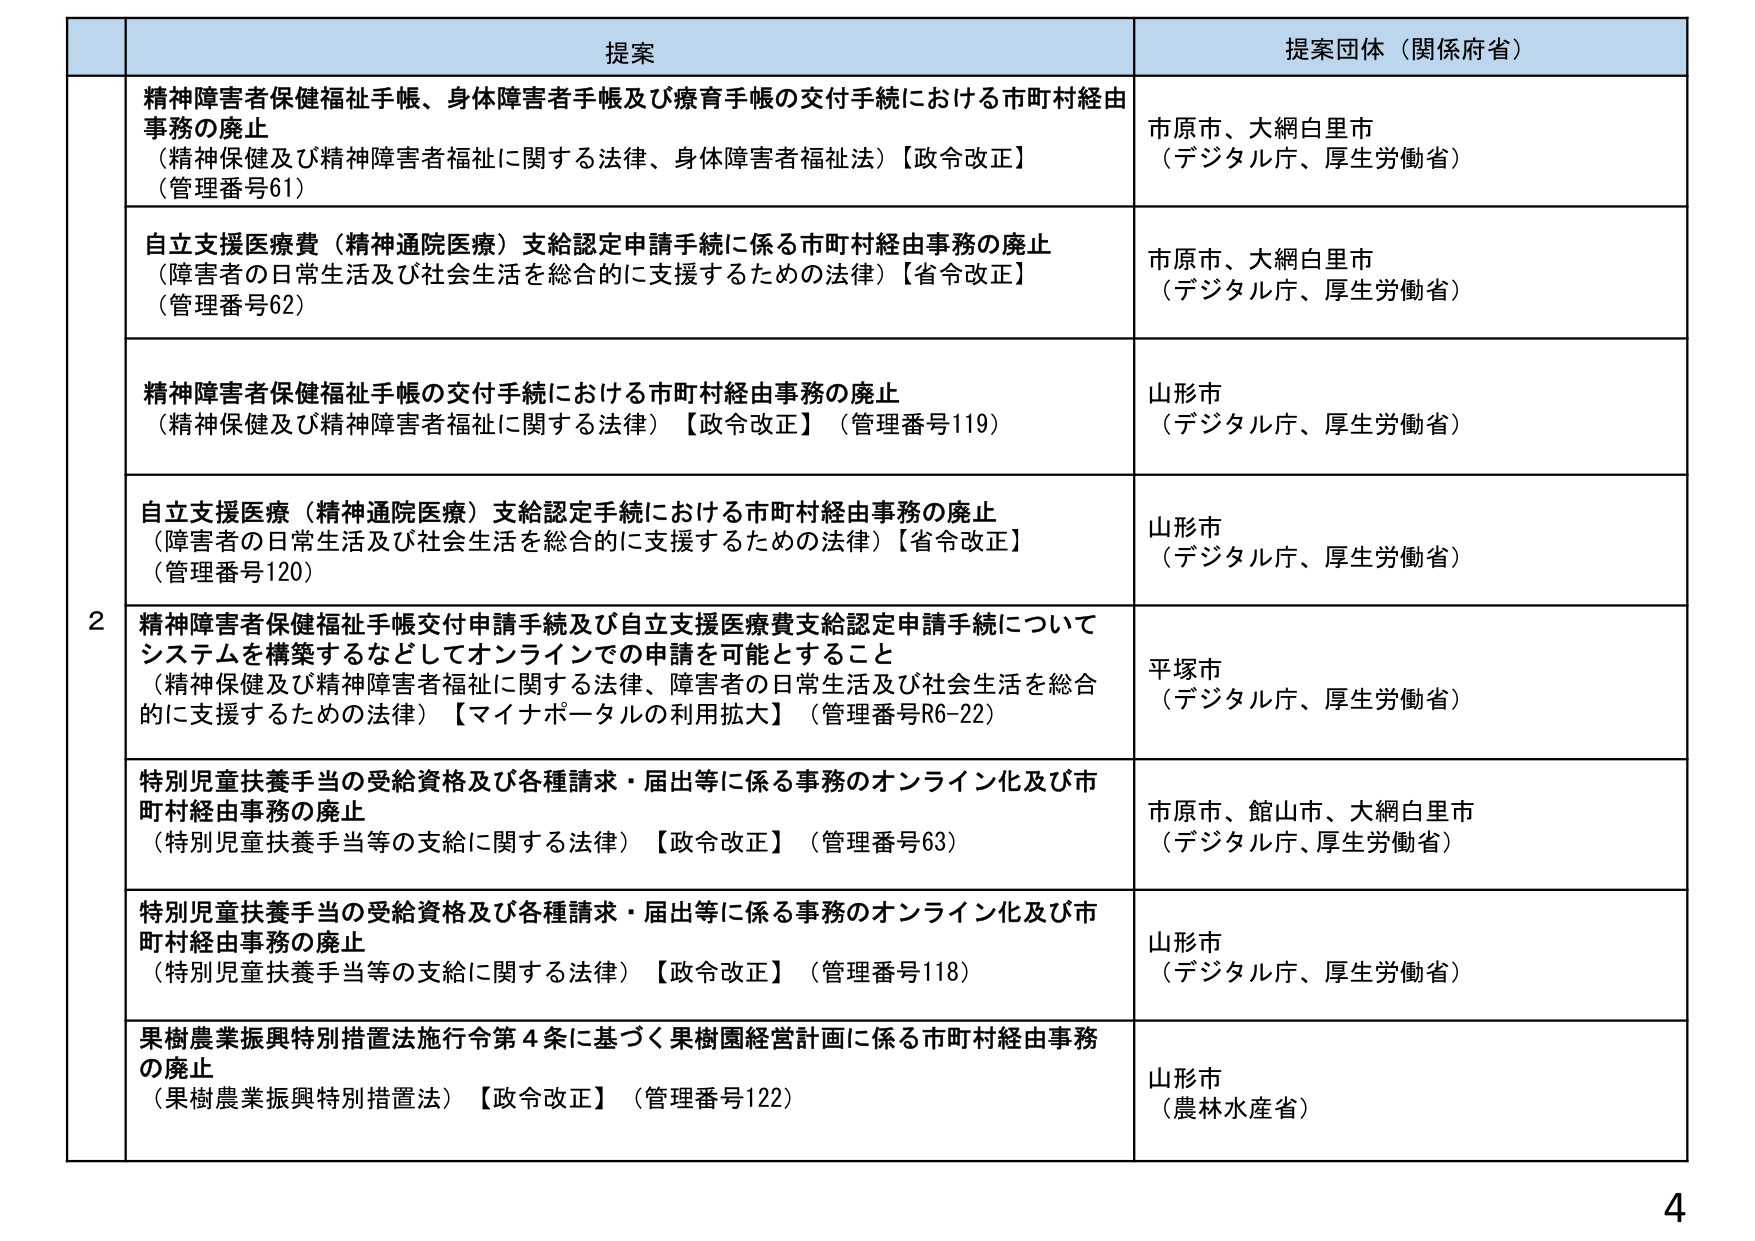
提案
提案団体（関係府省）

2
精神障害者保健福祉手帳、身体障害者手帳及び療育手帳の交付手続における市町村経由事務の廃止
（精神保健及び精神障害者福祉に関する法律、身体障害者福祉法）【政令改正】
（管理番号61）
市原市、大網白里市
（デジタル庁、厚生労働省）

自立支援医療費（精神通院医療）支給認定申請手続に係る市町村経由事務の廃止
（障害者の日常生活及び社会生活を総合的に支援するための法律）【省令改正】
（管理番号62）
市原市、大網白里市
（デジタル庁、厚生労働省）

精神障害者保健福祉手帳の交付手続における市町村経由事務の廃止
（精神保健及び精神障害者福祉に関する法律）【政令改正】（管理番号119）
山形市
（デジタル庁、厚生労働省）

自立支援医療（精神通院医療）支給認定手続における市町村経由事務の廃止
（障害者の日常生活及び社会生活を総合的に支援するための法律）【省令改正】
（管理番号120）
山形市
（デジタル庁、厚生労働省）

精神障害者保健福祉手帳交付申請手続及び自立支援医療費支給認定申請手続についてシステムを構築するなどしてオンラインでの申請を可能とすること
（精神保健及び精神障害者福祉に関する法律、障害者の日常生活及び社会生活を総合的に支援するための法律）【マイナポータルの利用拡大】（管理番号R6-22）
平塚市
（デジタル庁、厚生労働省）

特別児童扶養手当の受給資格及び各種請求・届出等に係る事務のオンライン化及び市町村経由事務の廃止
（特別児童扶養手当等の支給に関する法律）【政令改正】（管理番号63）
市原市、館山市、大網白里市
（デジタル庁、厚生労働省）

特別児童扶養手当の受給資格及び各種請求・届出等に係る事務のオンライン化及び市町村経由事務の廃止
（特別児童扶養手当等の支給に関する法律）【政令改正】（管理番号118）
山形市
（デジタル庁、厚生労働省）

果樹農業振興特別措置法施行令第4条に基づく果樹園経営計画に係る市町村経由事務の廃止
（果樹農業振興特別措置法）【政令改正】（管理番号122）
山形市
（農林水産省）

4